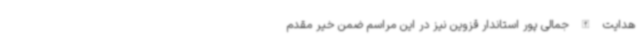
هدایت الله جمالی پور استاندار قزوین نیز در این مراسم ضمن خیر مقدم